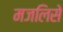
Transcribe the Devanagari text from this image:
मजलिसे